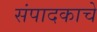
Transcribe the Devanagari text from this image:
संपादकाचे